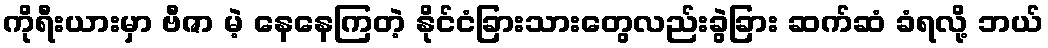
ကိုရီးယားမှာ ဗီဇာ မဲ့ နေနေကြတဲ့ နိုင်ငံခြားသားတွေလည်းခွဲခြား ဆက်ဆံ ခံရလို့ ဘယ်